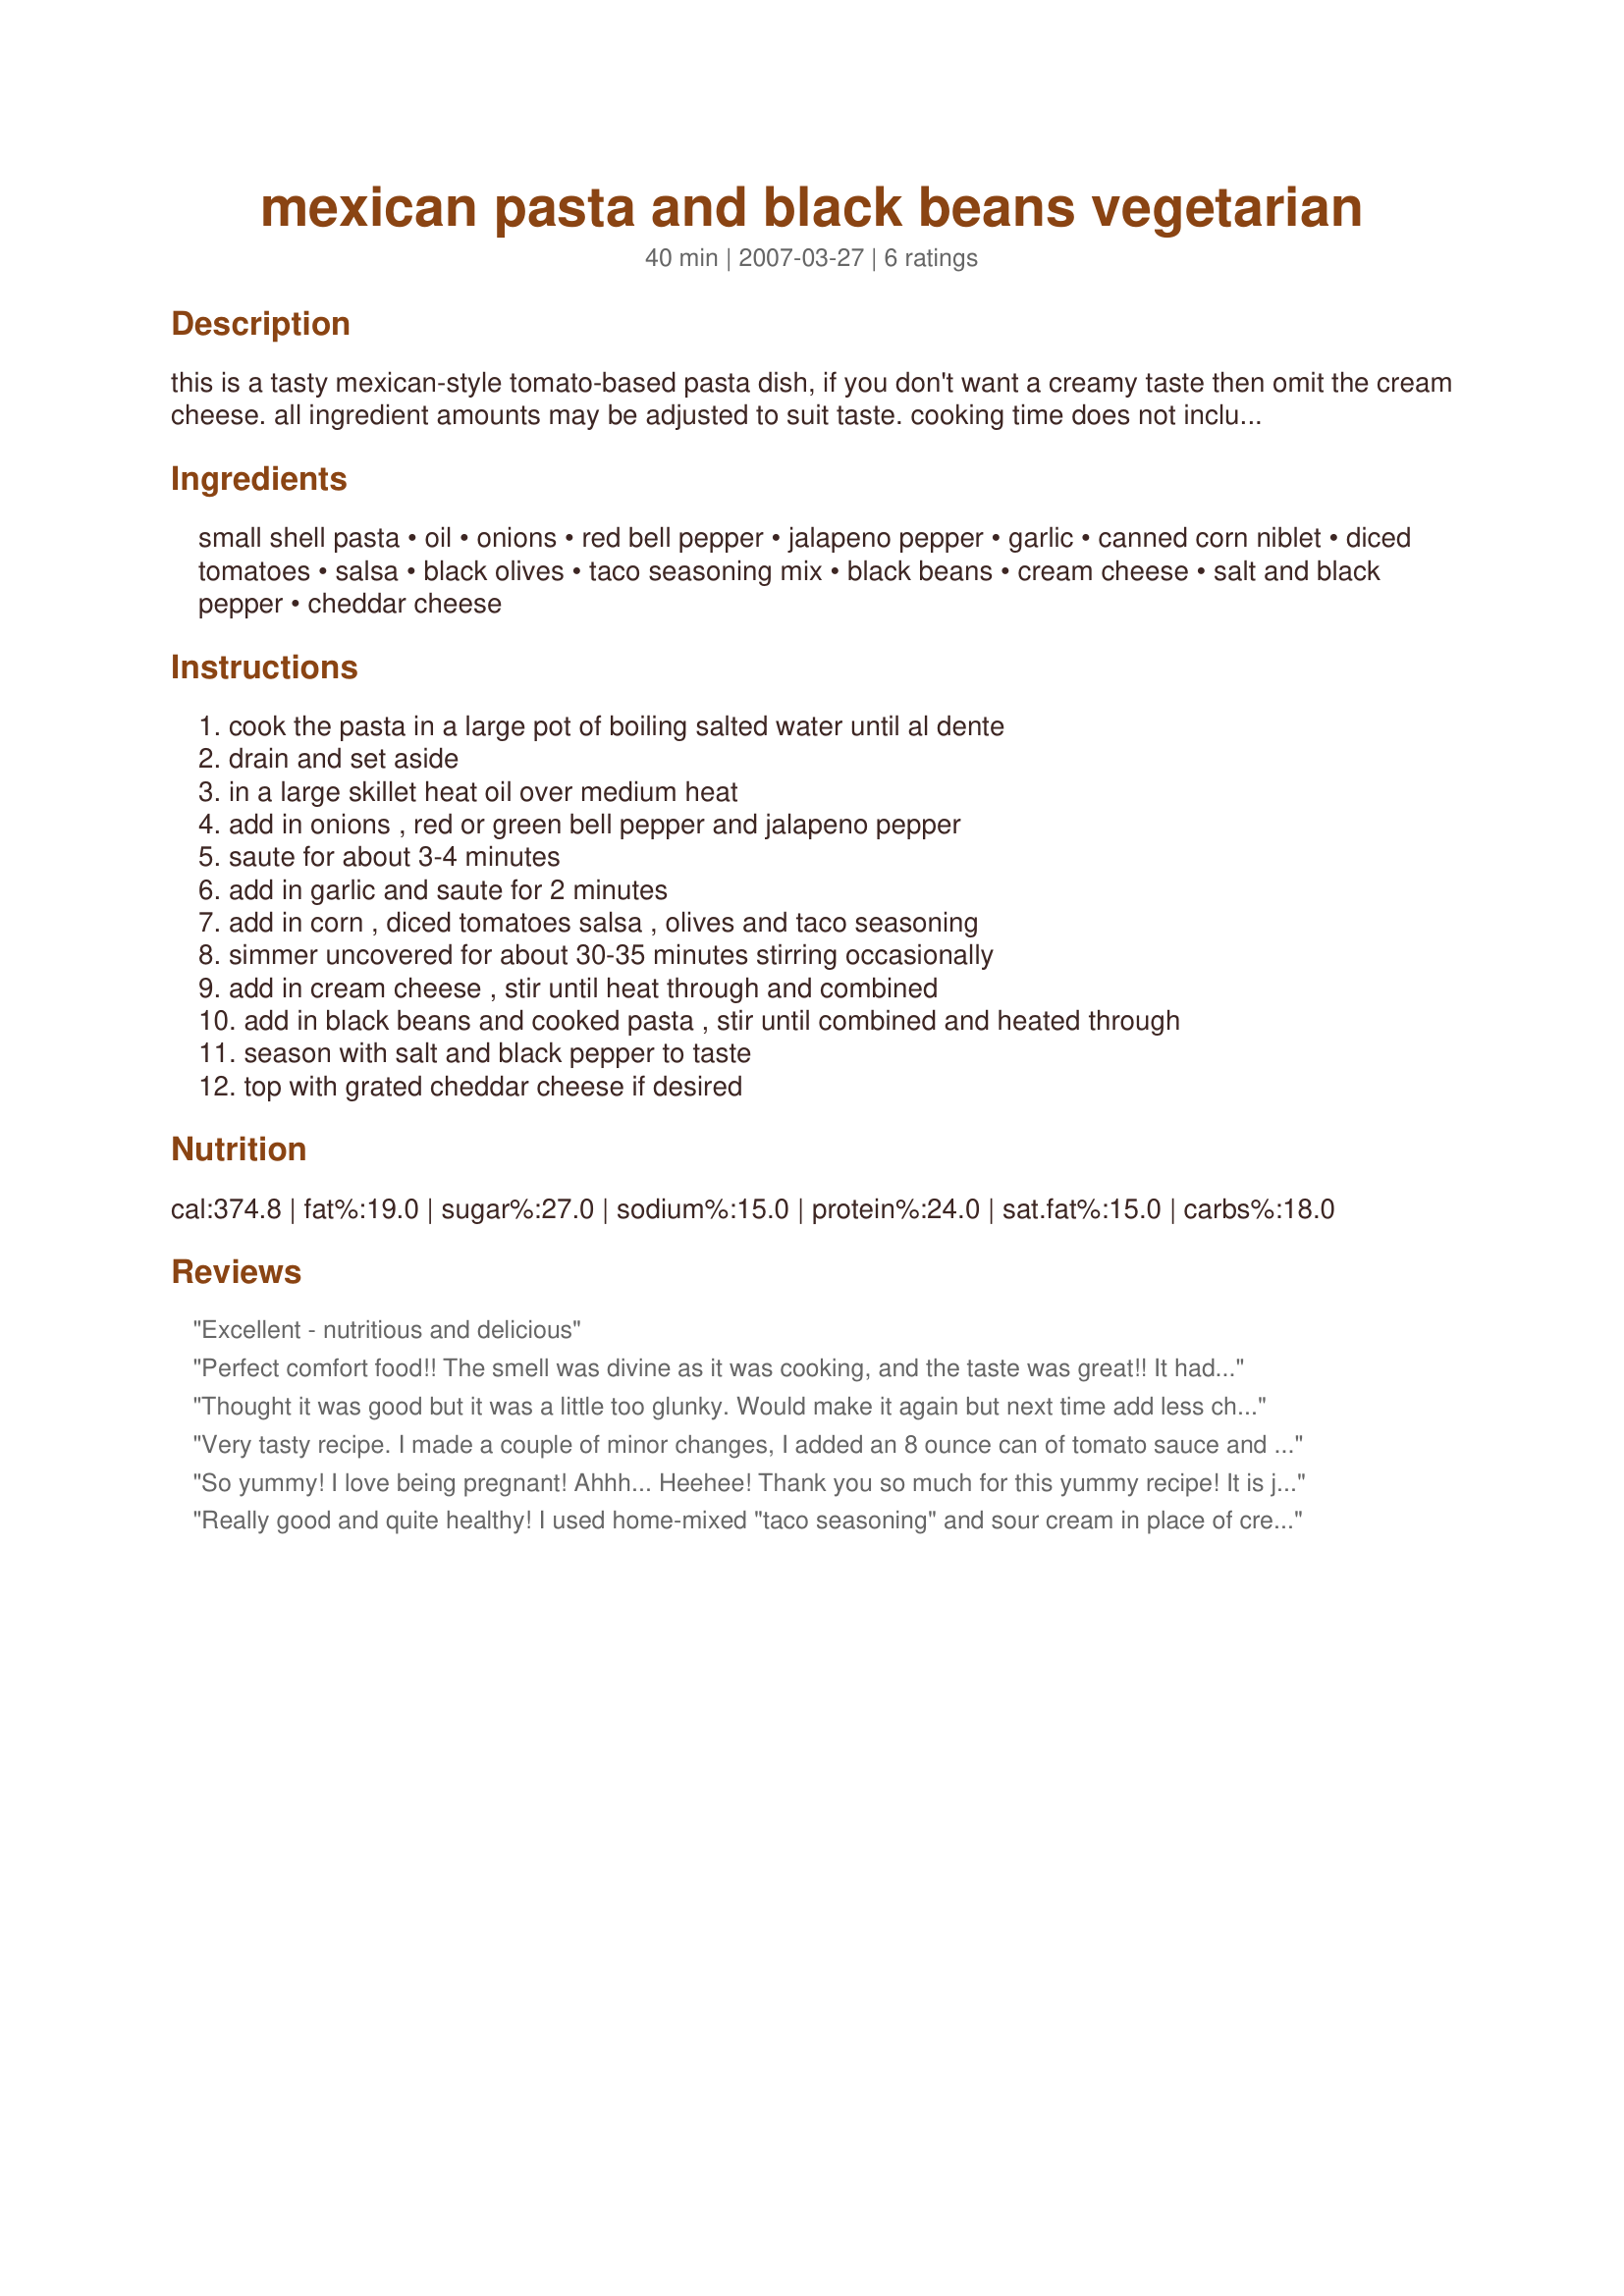
mexican pasta and black beans vegetarian
Preparation time: 40 minutes

this is a tasty mexican-style tomato-based pasta dish, if you don't want a creamy taste then omit the cream cheese. all ingredient amounts may be adjusted to suit taste. cooking time does not include cooking pasta. for extra heat add in chili flakes to taste see recipe#76616 or use packaged

Ingredients:
small shell pasta, oil, onions, red bell pepper, jalapeno pepper, garlic, canned corn niblet, diced tomatoes, salsa, black olives, taco seasoning mix, black beans, cream cheese, salt and black pepper, cheddar cheese

Steps:
cook the pasta in a large pot of boiling salted water until al dente, drain and set aside, in a large skillet heat oil over medium heat, add in onions , red or green bell pepper and jalapeno pepper, saute for about 3-4 minutes, add in garlic and saute for 2 minutes, add in corn , diced tomatoes salsa , olives and taco seasoning, simmer uncovered for about 30-35 minutes stirring occasionally, add in cream cheese , stir until heat through and combined, add in black beans and cooked pasta , stir until combined and heated through, season with salt and black pepper to taste, top with grated cheddar cheese if desired

Reviews:
Excellent - nutritious and delicious
Perfect comfort food!! The smell was divine as it was cooking, and the taste was great!! It had a nice kick (I used maybe 3 tablespoons of taco seasoning) and some red chili peppers. This is perfect for a quick delicious dinner! Thanks Kit!
Thought it was good but it was a little too glunky. Would make it again but next time add less cheese.
Very tasty recipe. I made a couple of minor changes, I added an 8 ounce can of tomato sauce and instead of cream cheese stirred in about a half cup of sour cream. Topped with cheddar and served with cornbread and salad for a very yummy weeknight meal.
So yummy! I love being pregnant! Ahhh... Heehee! Thank you so much for this yummy recipe! It is just great and pretty darn easy. I didn't have any taco seasoning or bell peppers (I bet they would ROCK!), so I just through some chilli powder and cayenne and stuff in there for extra seasonings. That cream cheese was great, though! Yay! Thanks again! ~Meg
Really good and quite healthy! I used home-mixed "taco seasoning" and sour cream in place of cream cheese (less salty). I also added 1/2 can of chickpeas along with the black beans because eating vegetarian we need to get proper levels of protein. It reminded me of a similar recipe we have done "Mexitalian casserole", so I may modify this to make a combination by adding a can of mild green chilies and maybe try ricotta in place of the sour cream to make it a bit less fatty. On the whole, very low fat! Always a plus!
